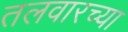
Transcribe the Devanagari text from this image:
तलवारच्या